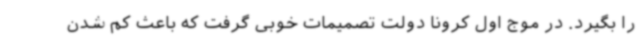
را بگیرد. در موج‌ اول کرونا دولت تصمیمات خوبی گرفت که باعث کم شدن